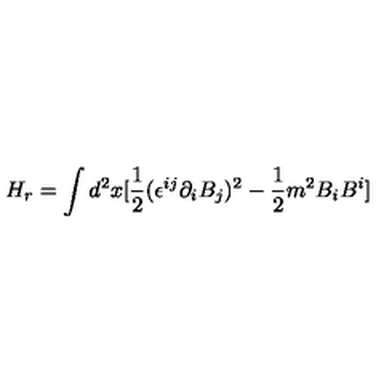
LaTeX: H _ { r } = \int d ^ { 2 } x [ \frac { 1 } { 2 } ( \epsilon ^ { i j } \partial _ { i } B _ { j } ) ^ { 2 } - \frac { 1 } { 2 } m ^ { 2 } B _ { i } B ^ { i } ]